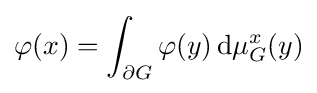
\varphi (x)=\int _{\partial G}\varphi (y)\,\mathrm {d} \mu _{G}^{x}(y)